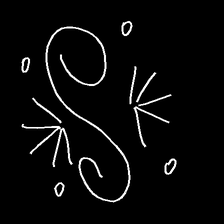
Glyph: aeroform